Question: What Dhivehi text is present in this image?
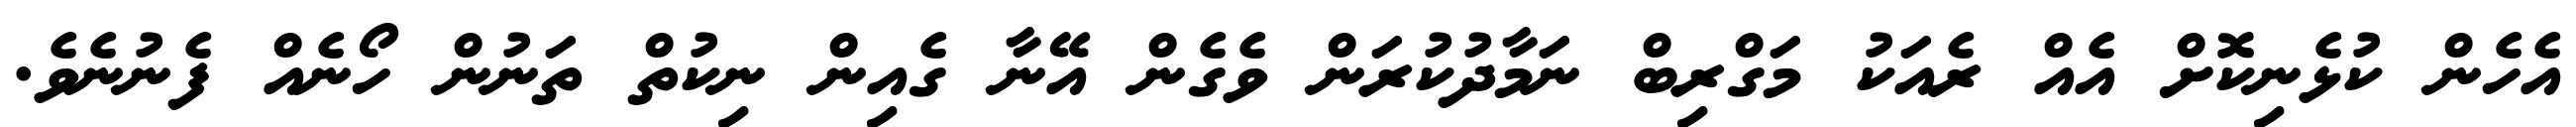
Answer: އެހެން ކުޅެނިކޮށް އެއް ރެއަކު މަގްރިބް ނަމާދުކުރަން ވެގެން އޭނާ ގެއިން ނިކުތް ތަނުން ހޯނެއް ފެނުނެވެ.